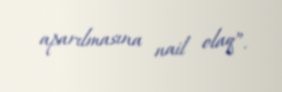
aparılmasına nail olaq”.